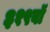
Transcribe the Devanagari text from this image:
३१९वॉ